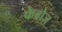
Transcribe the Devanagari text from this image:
फेब्रोज़